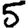
Digit: 5